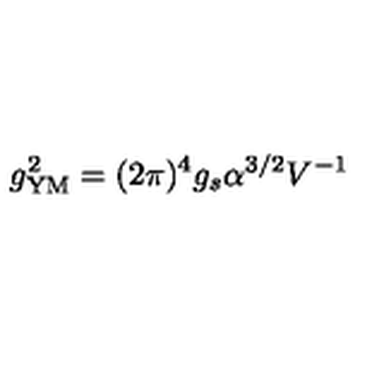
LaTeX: g _ { \mathrm { Y M } } ^ { 2 } = ( 2 \pi ) ^ { 4 } g _ { s } \alpha ^ { 3 / 2 } V ^ { - 1 }